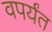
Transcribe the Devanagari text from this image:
वपर्यंत